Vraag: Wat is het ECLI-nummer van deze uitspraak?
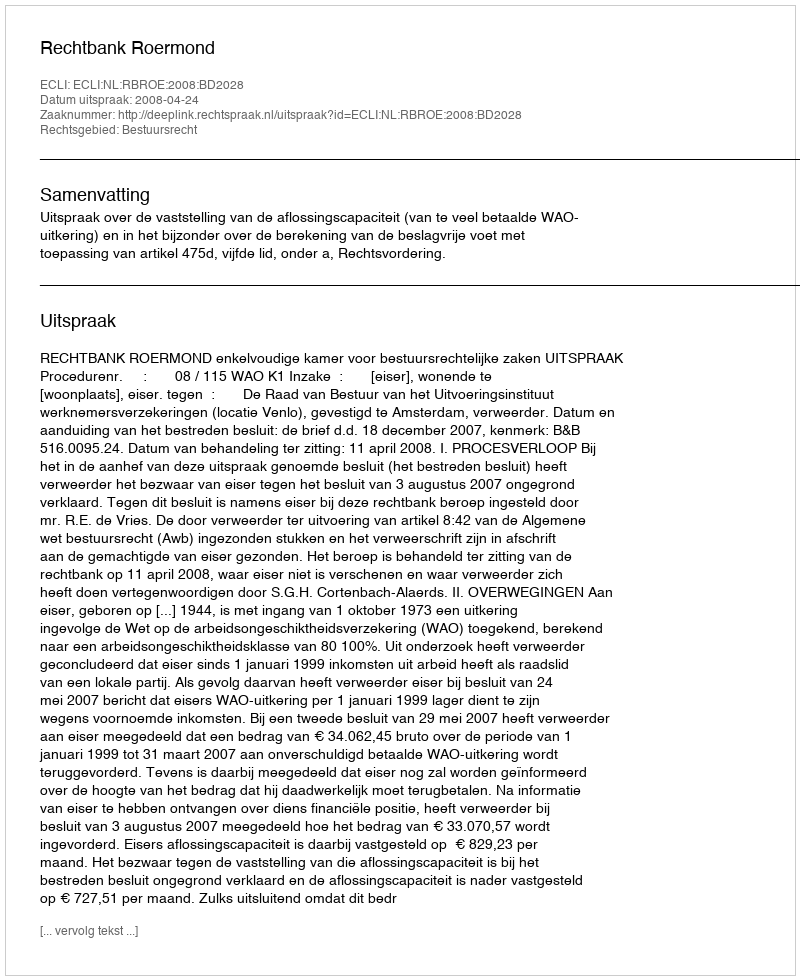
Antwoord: ECLI:NL:RBROE:2008:BD2028